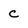
Character: C